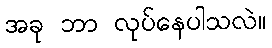
အခု ဘာ လုပ်နေပါသလဲ။